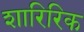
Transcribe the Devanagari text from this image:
शारिरिक